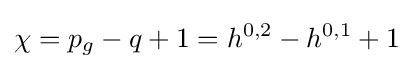
\chi =p_{g}-q+1=h^{0,2}-h^{0,1}+1